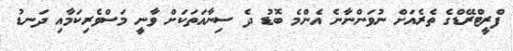
ފްރީޓްރޭޑްގެ ތެރެއަށް ނުވަންނާނެ އެންމެ ބޮޑު ދެ ސިނާއަތަކަށް ވާނީ މަސްވެރިކަމާއި ދަނޑު